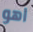
اهو